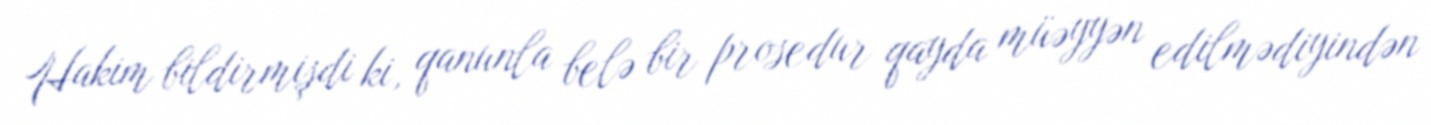
Hakim bildirmişdi ki, qanunla belə bir prosedur qayda müəyyən edilmədiyindən